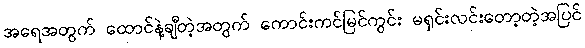
အရေအတွက် ထောင်နဲ့ချီတဲ့အတွက် ကောင်းကင်မြင်ကွင်း မရှင်းလင်းတော့တဲ့အပြင်